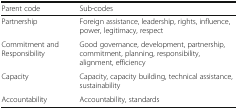
| Parent code | Sub-codes |
 | --- | --- |
 | Partnership | Foreign assistance, leadership, rights, influence, power, legitimacy, respect |
 | Commitment and Responsibility | Good governance, development, partnership, commitment, planning, responsibility, alignment, efficiency |
 | Capacity | Capacity, capacity building, technical assistance, sustainability |
 | Accountability | Accountability, standards |